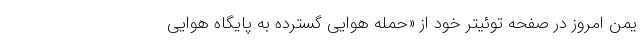
یمن امروز در صفحه توئیتر خود از «حمله هوایی گسترده به پایگاه هوایی